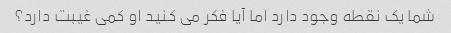
شما یک نقطه وجود دارد اما آیا فکر می کنید او کمی غیبت دارد؟